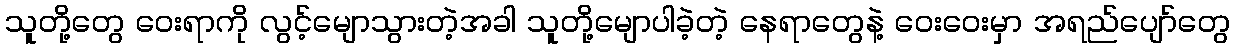
သူတို့တွေ ဝေးရာကို လွင့်မျောသွားတဲ့အခါ သူတို့မျောပါခဲ့တဲ့ နေရာတွေနဲ့ ဝေးဝေးမှာ အရည်ပျော်တွေ